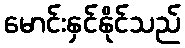
မောင်းနှင်နိုင်သည်